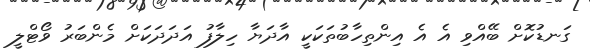
ގަނޑުކޮށް ބޭއްވި އެ އެ އިންތިހާބުތަކަކީ އާދަޔާ ހިލާފު އަދަދަކަށް މެންބަރު ވޯޓްލީ